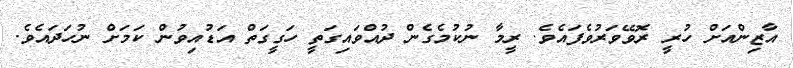
އާޒިންއަށް ހުރީ ރޮވޭވަރުވެފައެވެ. ރީމާ ނުކުމެގެން ދުއްވައިގަތީ ހަގީގަތް އަޑުއިވުން ކަމަށް ނުހަދައެވެ.